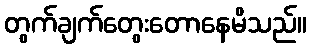
တွက်ချက်တွေးတောနေမိသည်။